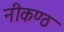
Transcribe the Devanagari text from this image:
नीकण्ठ